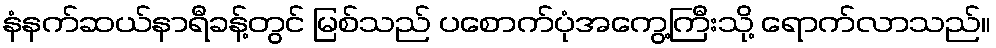
နံနက်ဆယ်နာရီခန့်တွင် မြစ်သည် ပစောက်ပုံအကွေ့ကြီးသို့ ရောက်လာသည်။